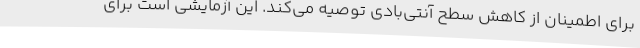
برای اطمینان از کاهش سطح آنتی‌بادی توصیه می‌کند. این آزمایشی است برای